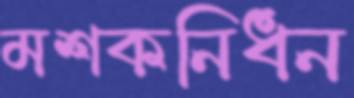
মশকনিধন